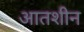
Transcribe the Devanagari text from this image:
आतशीन